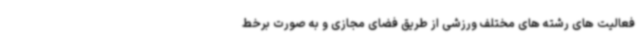
فعالیت های رشته های مختلف ورزشی از طریق فضای مجازی و به صورت برخط